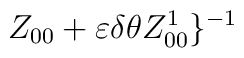
Z_{00}+\varepsilon \delta \theta Z^{1}_{00}\}^{-1}